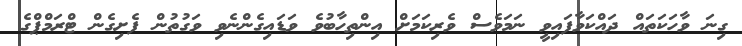
ގިނަ ވާހަކަތައް ދައްކަވާފައިވީ ނަމަވެސް ވެރިކަމަށް އިންތިހާބުވެ ވަޑައިގެންނެވި ވަގުތުން ފެށިގެން ޓްރަމްޕްގެ